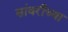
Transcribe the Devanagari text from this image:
सांवरीच्या